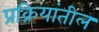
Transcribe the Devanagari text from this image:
प्रक्रियांतील